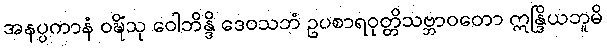
အနပ္ပကာနံ ဝဍ္ဎိံသု ဝေါဘိန္ဒိ ဒေဝသဘံ ဥပစာရဝုတ္တိသဗ္ဘာဝတော ဣန္ဒြိယဘူမိ